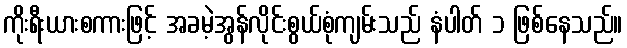
ကိုးရီးယားစကားဖြင့် အခမဲ့အွန်လိုင်းစွယ်စုံကျမ်းသည် နံပါတ် ၁ ဖြစ်နေသည်။